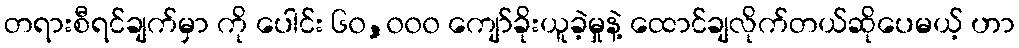
တရားစီရင်ချက်မှာ ကို ပေါင်း ၆၀,၀၀၀ ကျော်ခိုးယူခဲ့မှုနဲ့ ထောင်ချလိုက်တယ်ဆိုပေမယ့် ဟာ